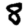
Digit: 8